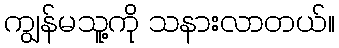
ကျွန်မသူ့ကို သနားလာတယ်။